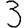
Digit: 3